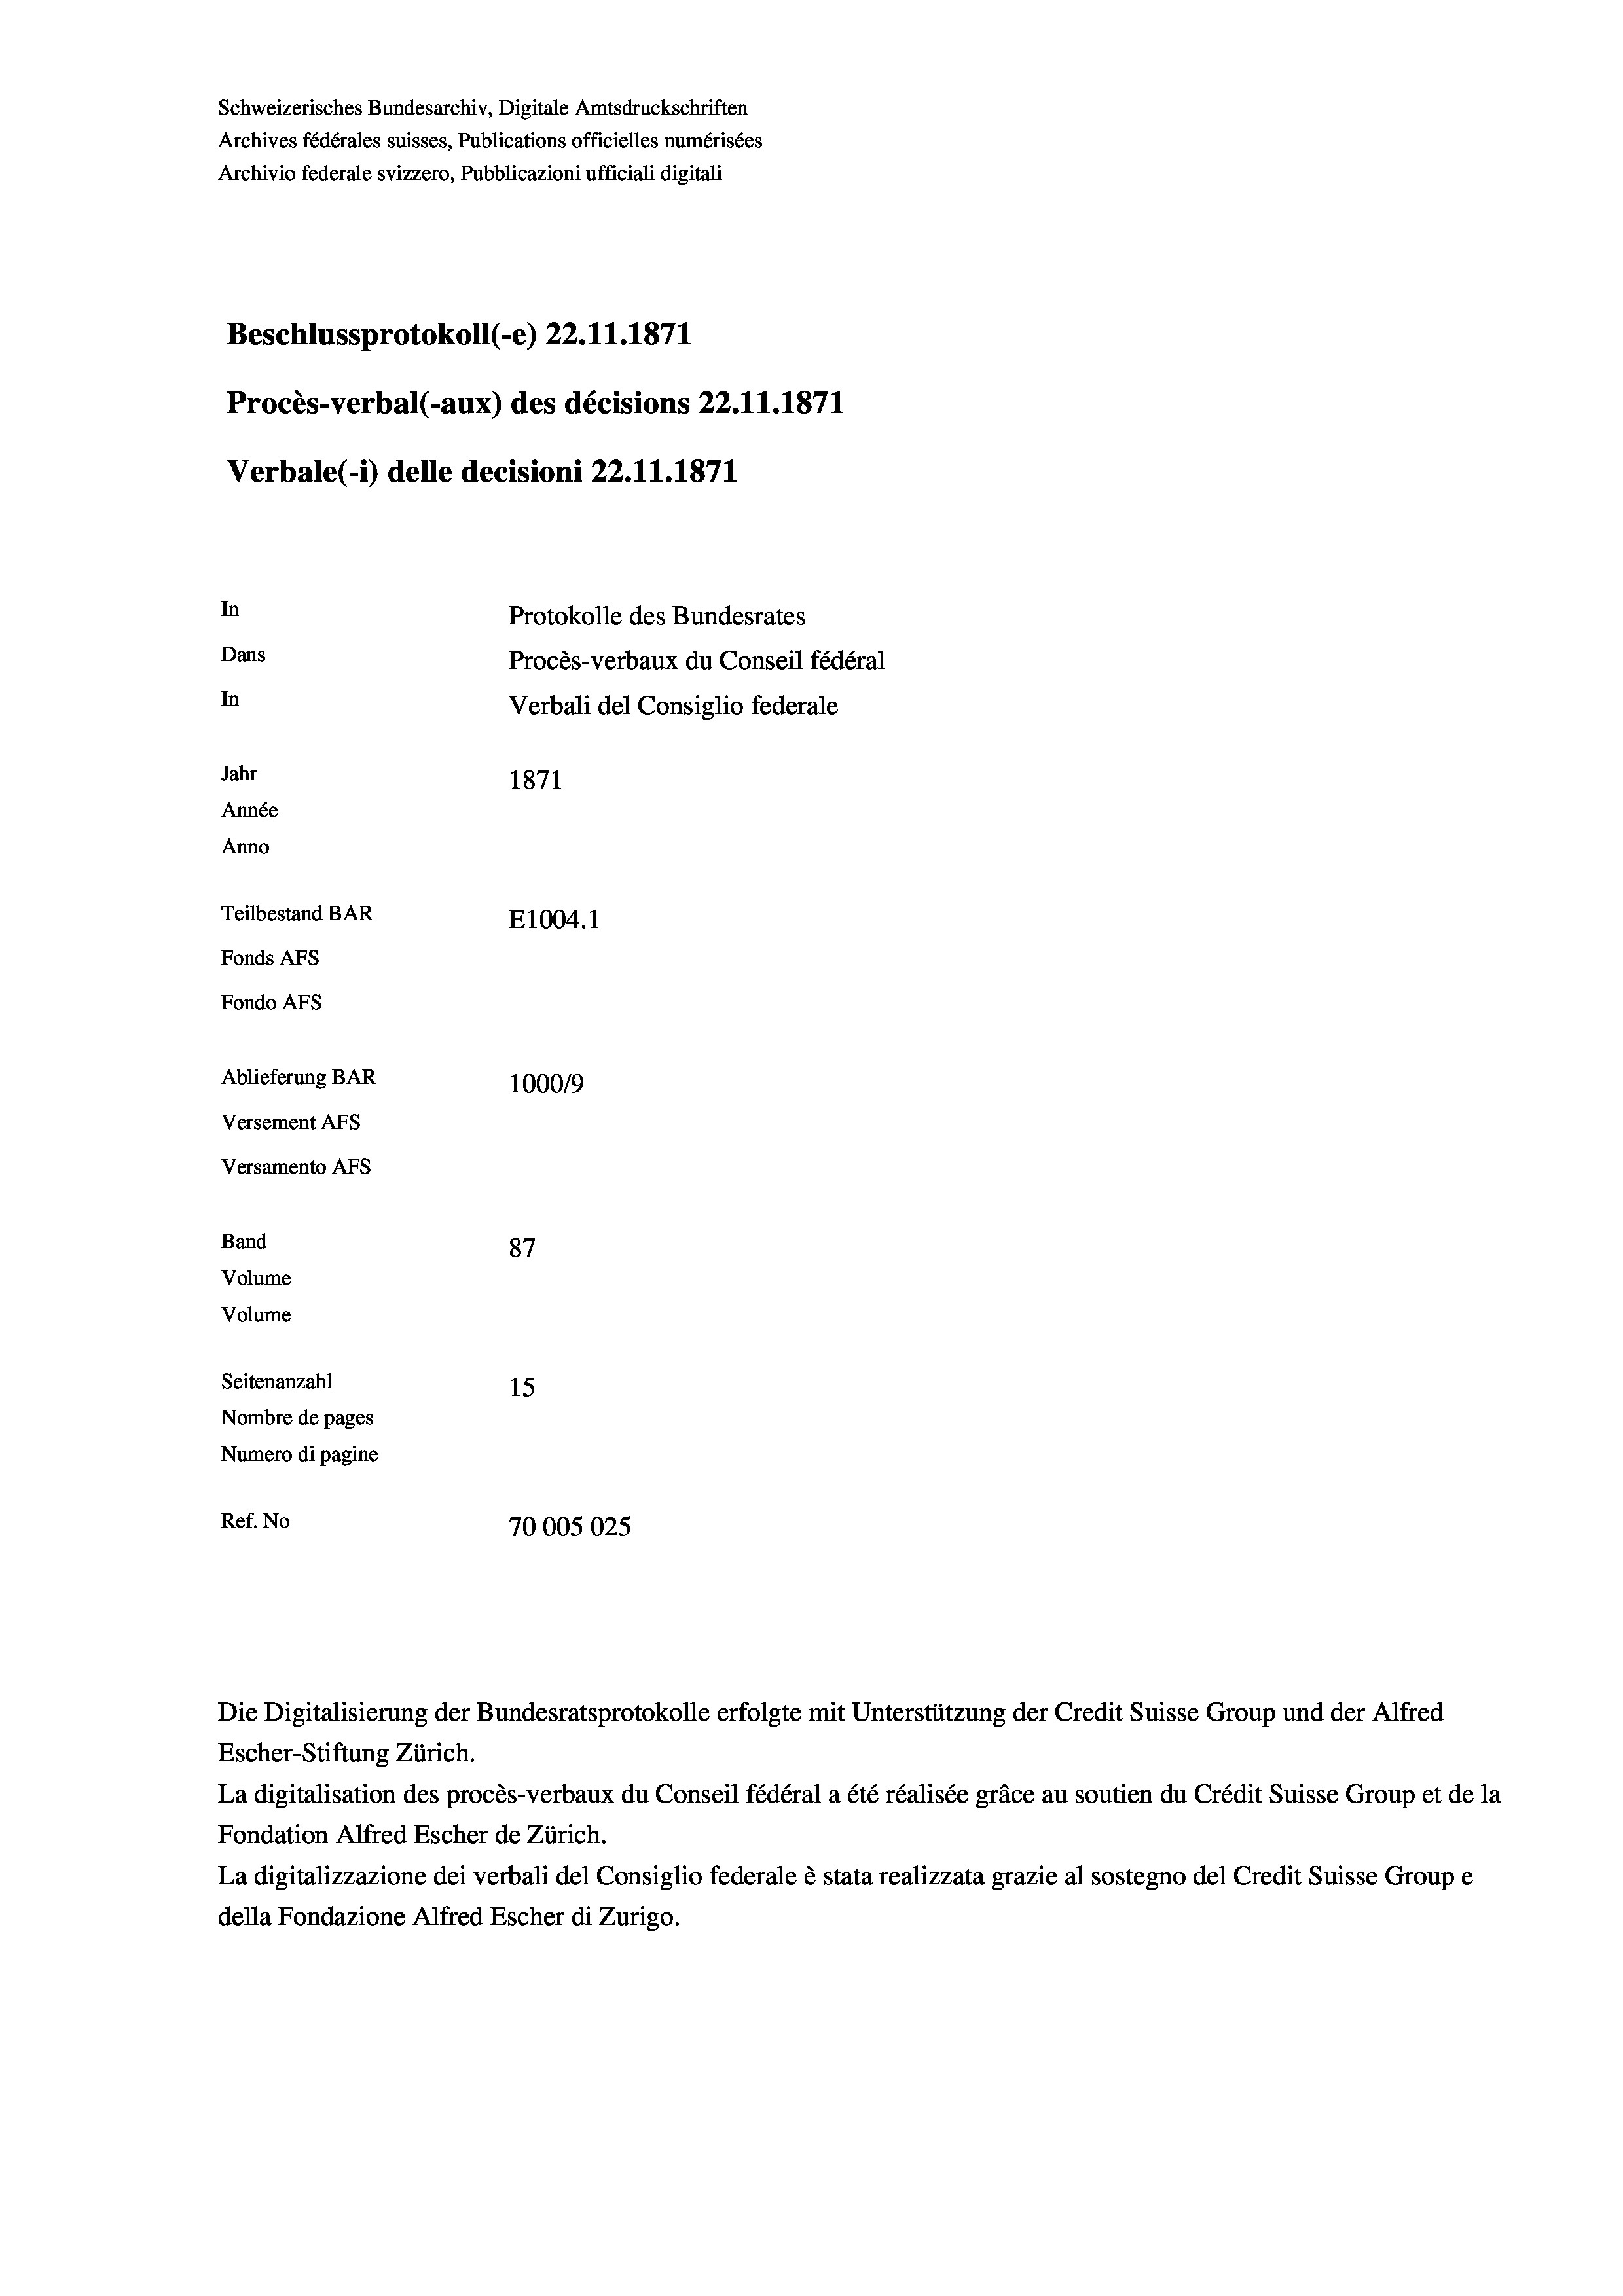
Schweizerisches Bundesarchiv, Digitale Amtsdruckschriften
Archives fédérales suisses, Publications officielles numérisées
Archivio federale svizzero, Pubblicazioni ufficiali digitali
Beschlussprotokoll (-e) 22.11.1871
Procès-verbal (-aux) des décisions 22.11.1871
Verbale(-*) delle decisioni 22.11.1871
In
Protokolle des Bundesrates
Dans
Procès-verbaux du Conseil fédéral
In
Verbali del Consiglio federale
Jahr
1871
Année
Anno
Teilbestand BAR
E1004. 1
Fonds AFs
Fondo AFs
Ablieferung BAR
1000/9
Versement AFs
Versamento AFs
Band
87
Volume
Volume
Seitenanzahl
15
Nombre de pages
Numero di pagine
Ref. No
70005025

Escher-Stiftung Zürich.
La digitalisation des procès-verbaux du Conseil fédéral a été réalisée gräce au soutien du Crédit Suisse Group et de la
Fondation Alfred Escher de Zürich.
La digitalizzazione dei verbali del Consiglio federale è stata realizzata grazie al sostegno del Credit Suisse Groupe
della Fondazione Alfred Escher di Zurigo.

Die Digitalisierung der Bundesratsprotokolle erfolgte mit Unterstützung der Credit Suisse Group und der Alfred